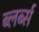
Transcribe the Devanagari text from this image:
ब्लर्ब्स